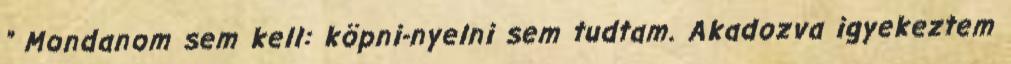
” Mondanom sem kell: köpni-nyelni sem tudtam. Akadozva igyekeztem